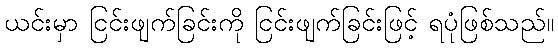
ယင်းမှာ ငြင်းဖျက်ခြင်းကို ငြင်းဖျက်ခြင်းဖြင့် ရပုံဖြစ်သည်။